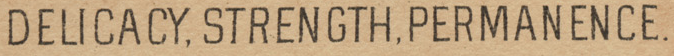
DELICACY,STRENGTH,PERMANENCE.